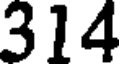
314